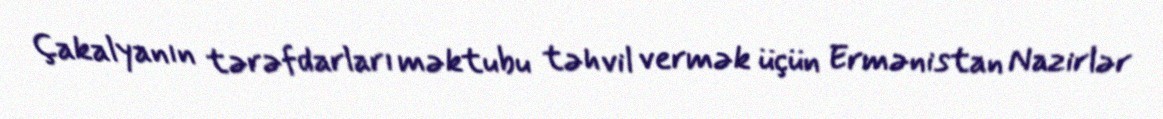
Çakalyanın tərəfdarları məktubu təhvil vermək üçün Ermənistan Nazirlər